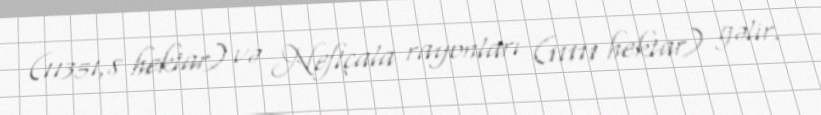
(11351,8 hektar) və Neftçala rayonları (11111 hektar) gəlir.